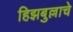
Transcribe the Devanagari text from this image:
हिझबुल्लाचे